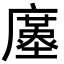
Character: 𢋓